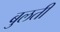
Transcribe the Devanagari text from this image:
बुलती